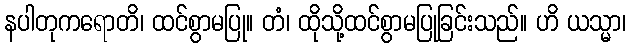
နပါတုကရောတိ၊ ထင်စွာမပြု။ တံ၊ ထိုသို့ထင်စွာမပြုခြင်းသည်။ ဟိ ယသ္မာ၊